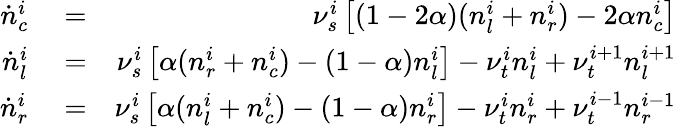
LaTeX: \begin{array}{rlr}{\dot{n}_{c}^{i}}&{{}=}&{\nu_{s}^{i}\left[(1-2\alpha)(n_{l}^{i}+n_{r}^{i})-2\alpha n_{c}^{i}\right]}\\ {\dot{n}_{l}^{i}}&{{}=}&{\nu_{s}^{i}\left[\alpha(n_{r}^{i}+n_{c}^{i})-(1-\alpha)n_{l}^{i}\right]-\nu_{t}^{i}n_{l}^{i}+\nu_{t}^{i+1}n_{l}^{i+1}}\\ {\dot{n}_{r}^{i}}&{{}=}&{\nu_{s}^{i}\left[\alpha(n_{l}^{i}+n_{c}^{i})-(1-\alpha)n_{r}^{i}\right]-\nu_{t}^{i}n_{r}^{i}+\nu_{t}^{i-1}n_{r}^{i-1}}\end{array}